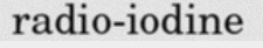
radio-iodine